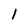
Character: 1